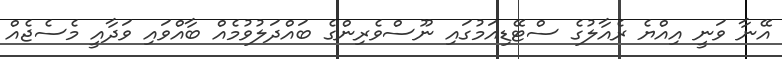
އޭނާ ވަނީ އިއްޔެ ރެއާލުގެ ސްޓޭޑިއަމުގައި ނޫސްވެރިންގެ ބައްދަލުވުމެއް ބާއްވައި ވަދާއީ މެސެޖެއް